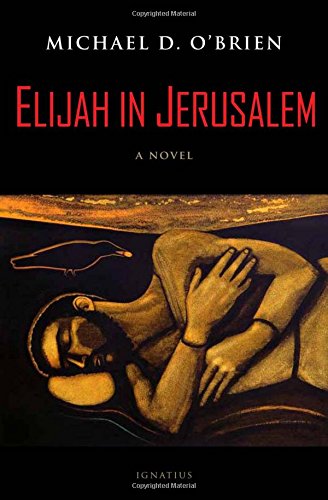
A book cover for Elijah in Jerusalem; Michael D. O'Brien; Literature & Fiction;